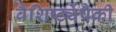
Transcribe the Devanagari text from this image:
वैशिष्ट्येंपैकी